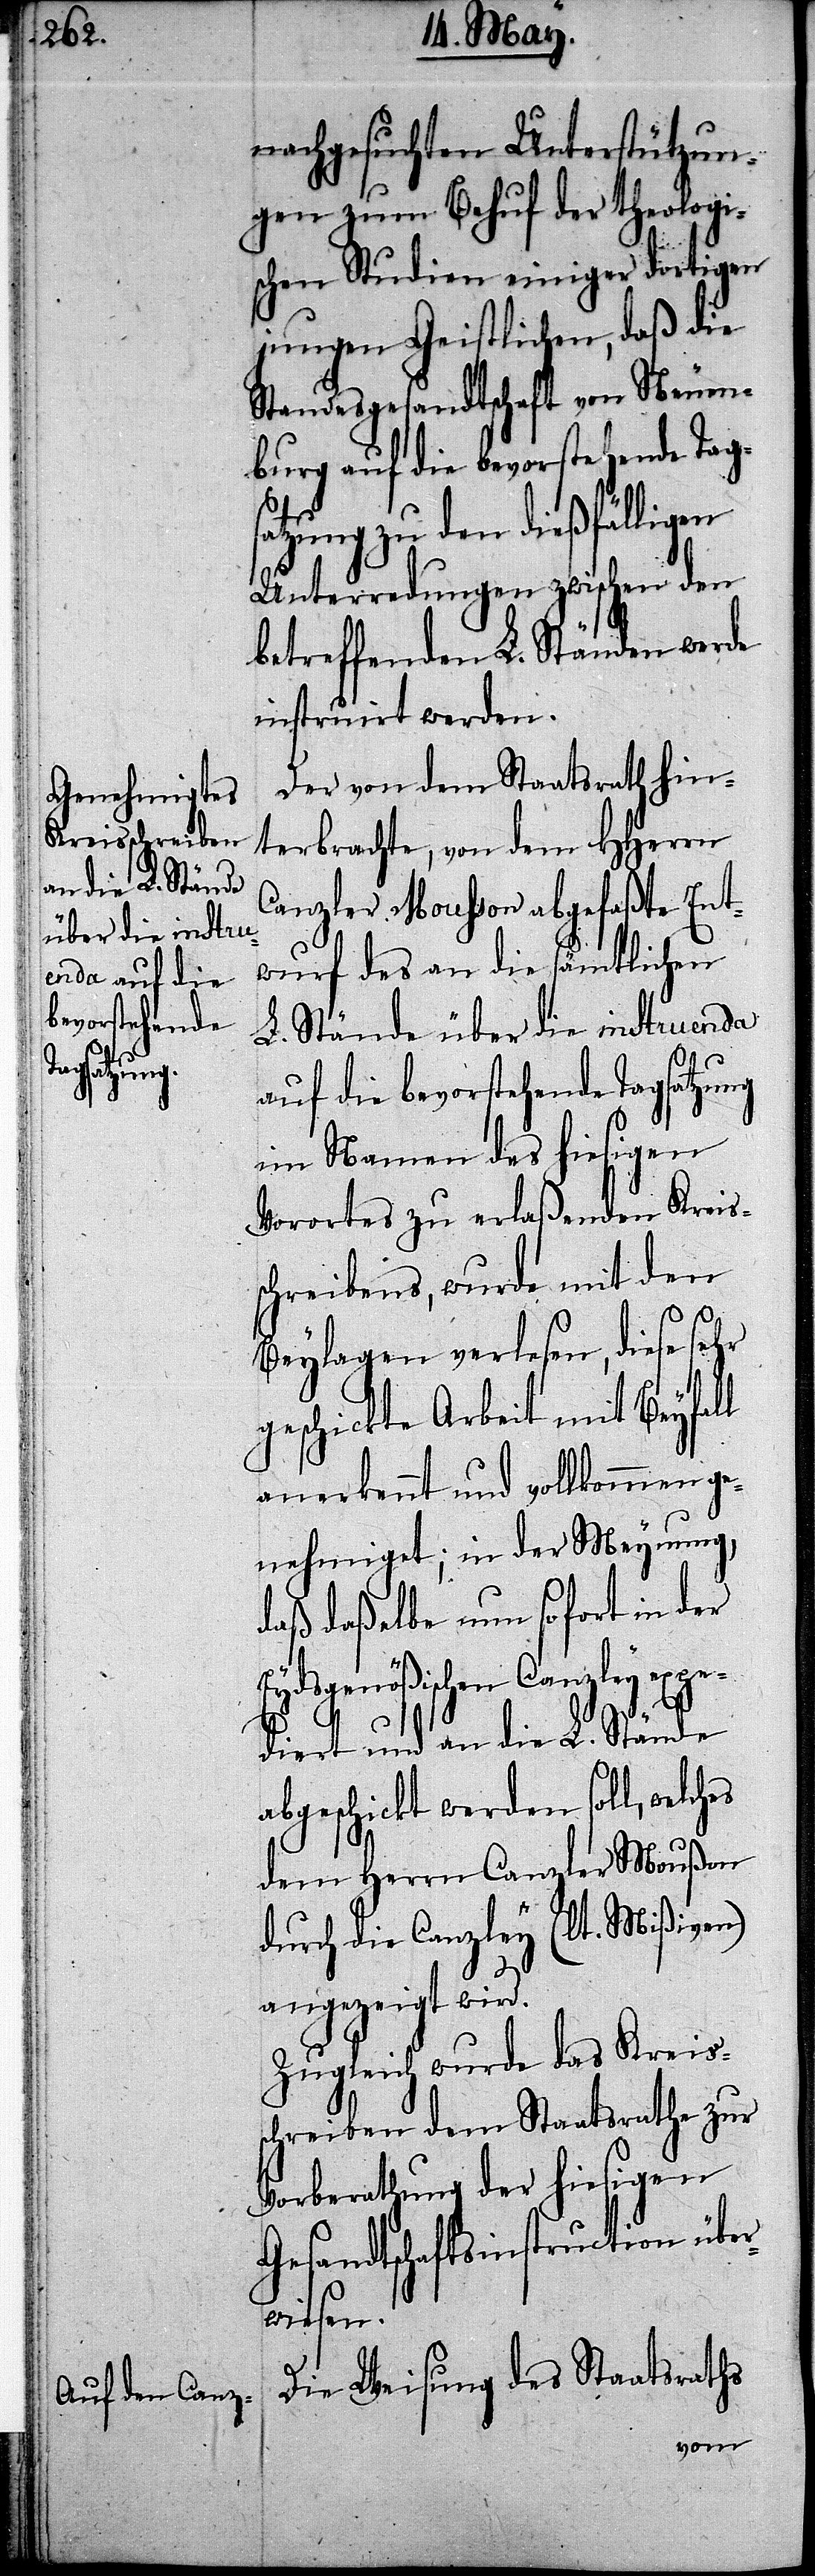
nachgesuchten Unterstützun¬
gen zum Behuf der theologis¬
chen Studien einiger dortigen
jungen Geistlichen, daß die
Standesgesandtschaft von Neuen¬
burg auf die bevorstehende Tag¬
satzung zu den dießfälligen
Unterredungen zwischen den
betreffenden L. Ständen werde
instruirt werden.
Der von dem Staatsrath hin¬
terbrachte, von dem HHerrn
Canzler Mousson abgefaßte Ent¬
wurf des an die sämmtlichen
L. Stände über die instruenda
auf die bevorstehende Tagsatzung
im Namen des hiesigen
Vorortes zu erlaßenden Kreis¬
schreibens, wurde mit den
Beylagen verlesen, diese sehr
geschickte Arbeit mit Beyfall
anerkennt und vollkommen ge¬
nehmiget; in der Meynung,
daß daßelbe nun sofort in der
Eydsgenößischen Canzley expe¬
diert und an die L. Stände
abgeschickt werden soll, welches
dem Herrn Canzler Moußon
durch die Canzley (lt. Mißiven)
angezeigt wird.
Zugleich wurde das Kreis¬
schreiben dem Staatsrathe zur
Vorberathung der hiesigen
Gesandtschaftsinstruction über¬
wiesen.
Die Weisung des Staatsraths